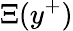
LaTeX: \Xi(y^{+})